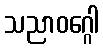
သညာဝဂ္ဂေါ